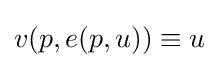
v(p,e(p,u))\equiv u